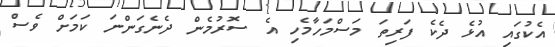
އެކުގައި އުޅެ ދެކެ ފަރިތަ މަސްމަހާމެހި އެ ސޮރުމެން ދެނެގަންނަ ކަމަށް ވެސް